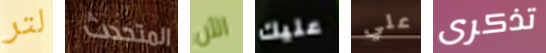
لتر المتحدث الآن عليك علي تذكرى